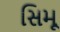
સિમૂ